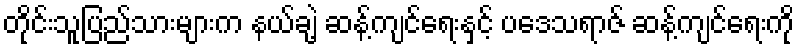
တိုင်းသူပြည်သားများက နယ်ချဲ့ ဆန့်ကျင်ရေးနှင့် ပဒေသရာဇ် ဆန့်ကျင်ရေးကို